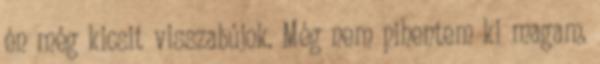
én még kicsit visszabújok. Még nem pihentem ki magam,